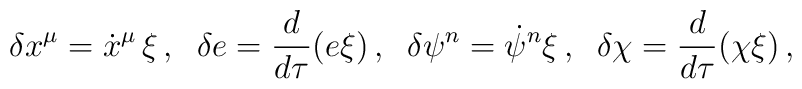
\delta x^{\mu} = \dot{x}^{\mu}\,\xi \,,\;\; \delta e = \frac{d}{d\tau}(e\xi) \,,\;\; \delta \psi^n = \dot{\psi}^n\xi  \,,\;\;\delta \chi = \frac{d}{d\tau}(\chi\xi)\, ,